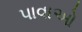
પાવાઓ